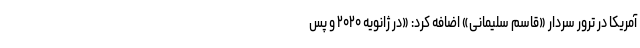
آمریکا در ترور سردار «قاسم سلیمانی» اضافه کرد: «در ژانویه ۲۰۲۰ و پس